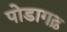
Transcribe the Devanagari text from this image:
पोडागढ़